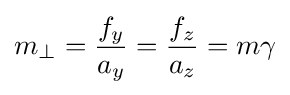
m_{\perp }={\frac {f_{y}}{a_{y}}}={\frac {f_{z}}{a_{z}}}=m\gamma